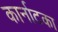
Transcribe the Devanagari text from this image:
कार्नाटका